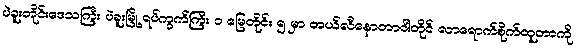
ပဲခူးတိုင်းဒေသကြီး ပဲခူးမြို့ ရပ်ကွက်ကြီး ၁ မြေတိုင်း ၅ မှာ တယ်လီနောတာဝါတိုင် လာရောက်စိုက်ထူတာကို